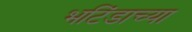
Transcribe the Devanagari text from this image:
भटिंडाच्या